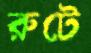
রুটে